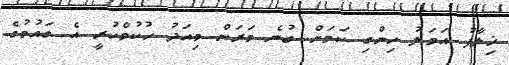
ޚިލާފު އަމަލު ހިންގި ކަމަށް ބުނެ މަރަން މިއަދު ހުކުމްކުރީ އެ ގައުމުގެ